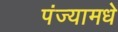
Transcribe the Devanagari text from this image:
पंज्यामधे